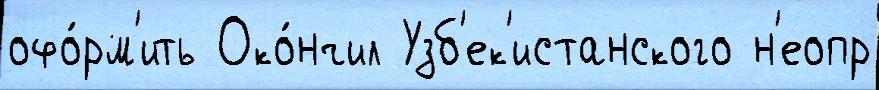
офо́рм'ить Око́нчил Узб'ек'истанского н'еопр